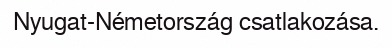
Nyugat-Németország csatlakozása.